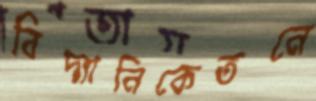
বিদ্যানিকেতনে